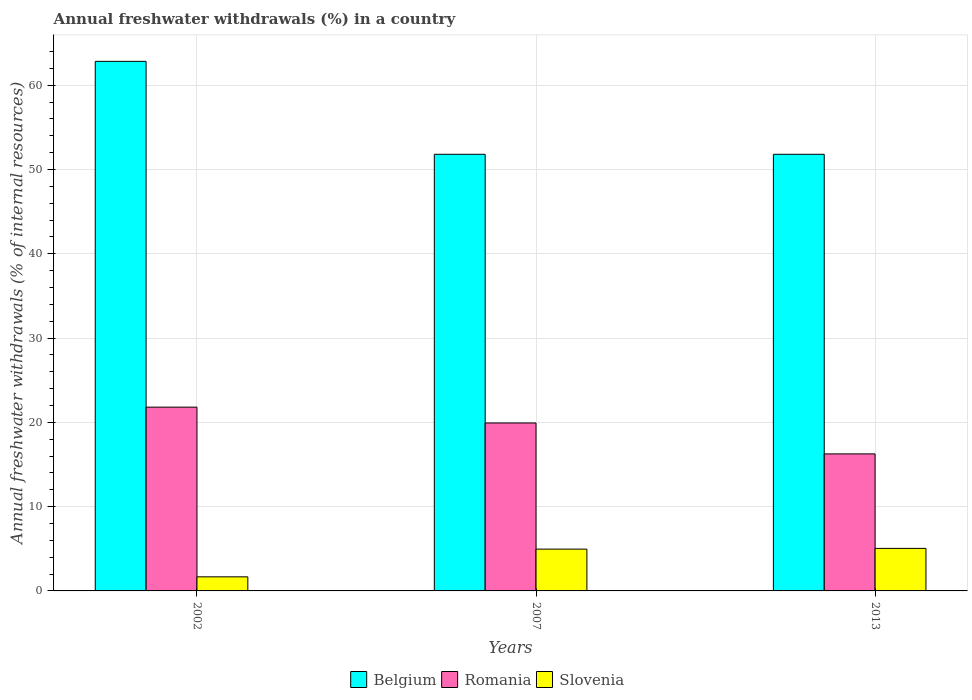
| Years | Belgium | Romania | Slovenia |
 | --- | --- | --- | --- |
 | 2002 | 62.8 | 21.8 | 1.67 |
 | 2007 | 51.8 | 19.9 | 4.96 |
 | 2013 | 51.8 | 16.3 | 5.05 |